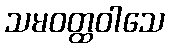
သမဝတ္ထဝါသေ